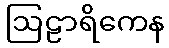
ဩဠာရိကေန